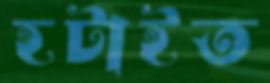
হটাইত